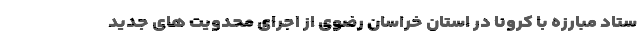
ستاد مبارزه با کرونا در استان خراسان رضوی از اجرای محدویت های جدید